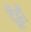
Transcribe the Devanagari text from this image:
दूँहों